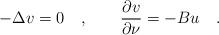
LaTeX: \begin{align*} -\Delta v=0\quad, \qquad\frac{\partial v}{\partial\nu} =-Bu\quad. \end{align*}